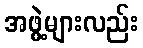
အဖွဲ့များလည်း